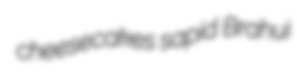
cheesecakes sapid Brahui